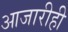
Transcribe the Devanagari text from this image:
आजारीही